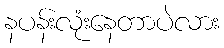
နပန်းလုံးနေတာပဲလား